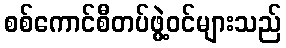
စစ်ကောင်စီတပ်ဖွဲ့ဝင်များသည်